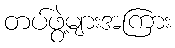
တပ်ဖွဲ့များအကြား